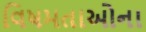
વિષમતાઓના